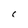
Character: C